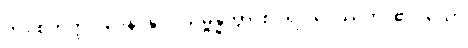
ကို။ စတုတ္ထပါဒေန၊ နှင့်။ သမ္ဗန္ဓိတွာ၊ စပ်၍။ ဒေဿတိ၊ ၏။ သော